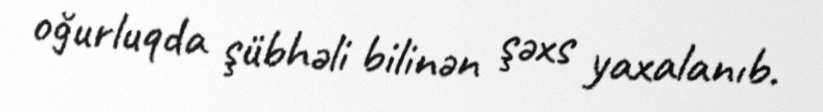
oğurluqda şübhəli bilinən şəxs yaxalanıb.